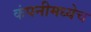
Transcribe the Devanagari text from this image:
कंपनीमध्येच